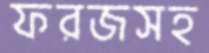
ফরজসহ